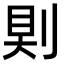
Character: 𠜹